Preliminary report on the development of the Leishman-Donovan body in the bed bug - Number 27
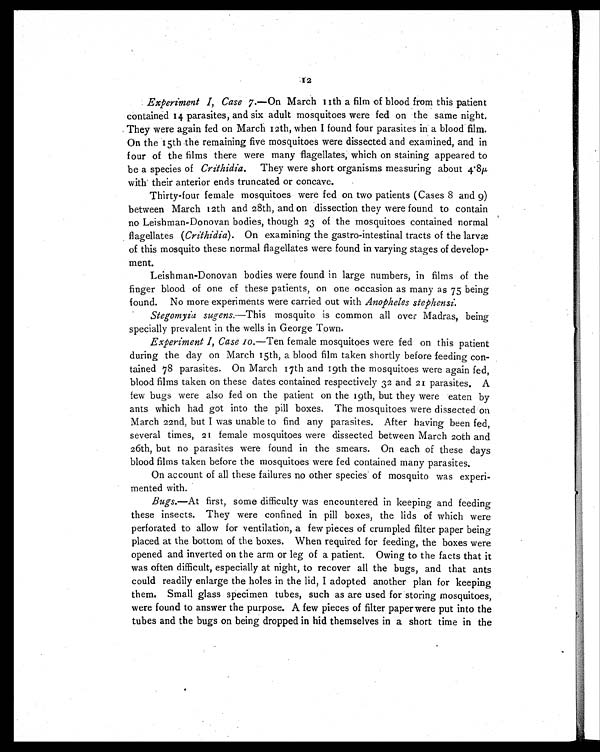
Experiment I, Case 7.—On March 11th a film of blood from this patient
contained 14 parasites, and six adult mosquitoes were fed on the same night.
They were again fed on March 12th, when I found four parasites in a blood film.
On the 15th the remaining five mosquitoes were dissected and examined, and in
four of the films there were many flagellates, which on staining appeared to
be a species of Crithidia. They were short organisms measuring about 4.8µ,
with their anterior ends truncated or concave.
Thirty-four female mosquitoes were fed on two patients (Cases 8 and 9)
between March 12th and 28th, and on dissection they were found to contain
no Leishman-Donovan bodies, though 23 of the mosquitoes contained normal
flagellates ( Crithidia). On examining the gastro-intestinal tracts of the larvæ
of this mosquito these normal flagellates were found in varying stages of develop-
ment.
Leishman-Donovan bodies were found in large numbers, in films of the
finger blood of one of these patients, on one occasion as many as 75 being
found. No more experiments were carried out with Anopheles stephensi.
Stegomyia sugens. —This mosquito is common all over Madras, being
specially prevalent in the wells in George Town.
Experiment I, Case 10.—Ten female mosquitoes were fed on this patient
during the day on March 15th, a blood film taken shortly before feeding con-
tained 78 parasites. On March 17th and 19th the mosquitoes were again fed,
blood films taken on these dates contained respectively 32 and 21 parasites. A
few bugs were also fed on the patient on the 19th, but they were eaten by
ants which had got into the pill boxes. The mosquitoes were dissected on
March 22nd, but I was unable to find any parasites. After having been fed,
several times, 21 female mosquitoes were dissected between March 20th and
26th, but no parasites were found in the smears. On each of these days
blood films taken before the mosquitoes were fed contained many parasites.
On account of all these failures no other species of mosquito was experi-
mented with.
Bugs.—At first, some difficulty was encountered in keeping and feeding
these insects. They were confined in pill boxes, the lids of which were
perforated to allow for ventilation, a few pieces of crumpled filter paper being
placed at the bottom of the boxes. When required for feeding, the boxes were
opened and inverted on the arm or leg of a patient. Owing to the facts that it
was often difficult, especially at night, to recover all the bugs, and that ants
could readily enlarge the holes in the lid, I adopted another plan for keeping
them. Small glass specimen tubes, such as are used for storing mosquitoes,
were found to answer the purpose. A few pieces of filter paper were put into the
tubes and the bugs on being dropped in hid themselves in a short time in the